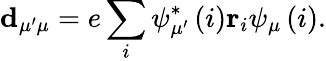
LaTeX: \mathbf{d}_{\mu^{\prime}\mu}=e\sum_{i}\psi_{\mu^{\prime}}^{\ast}\left(i\right)\mathbf{r}_{i}\psi_{\mu}\left(i\right).